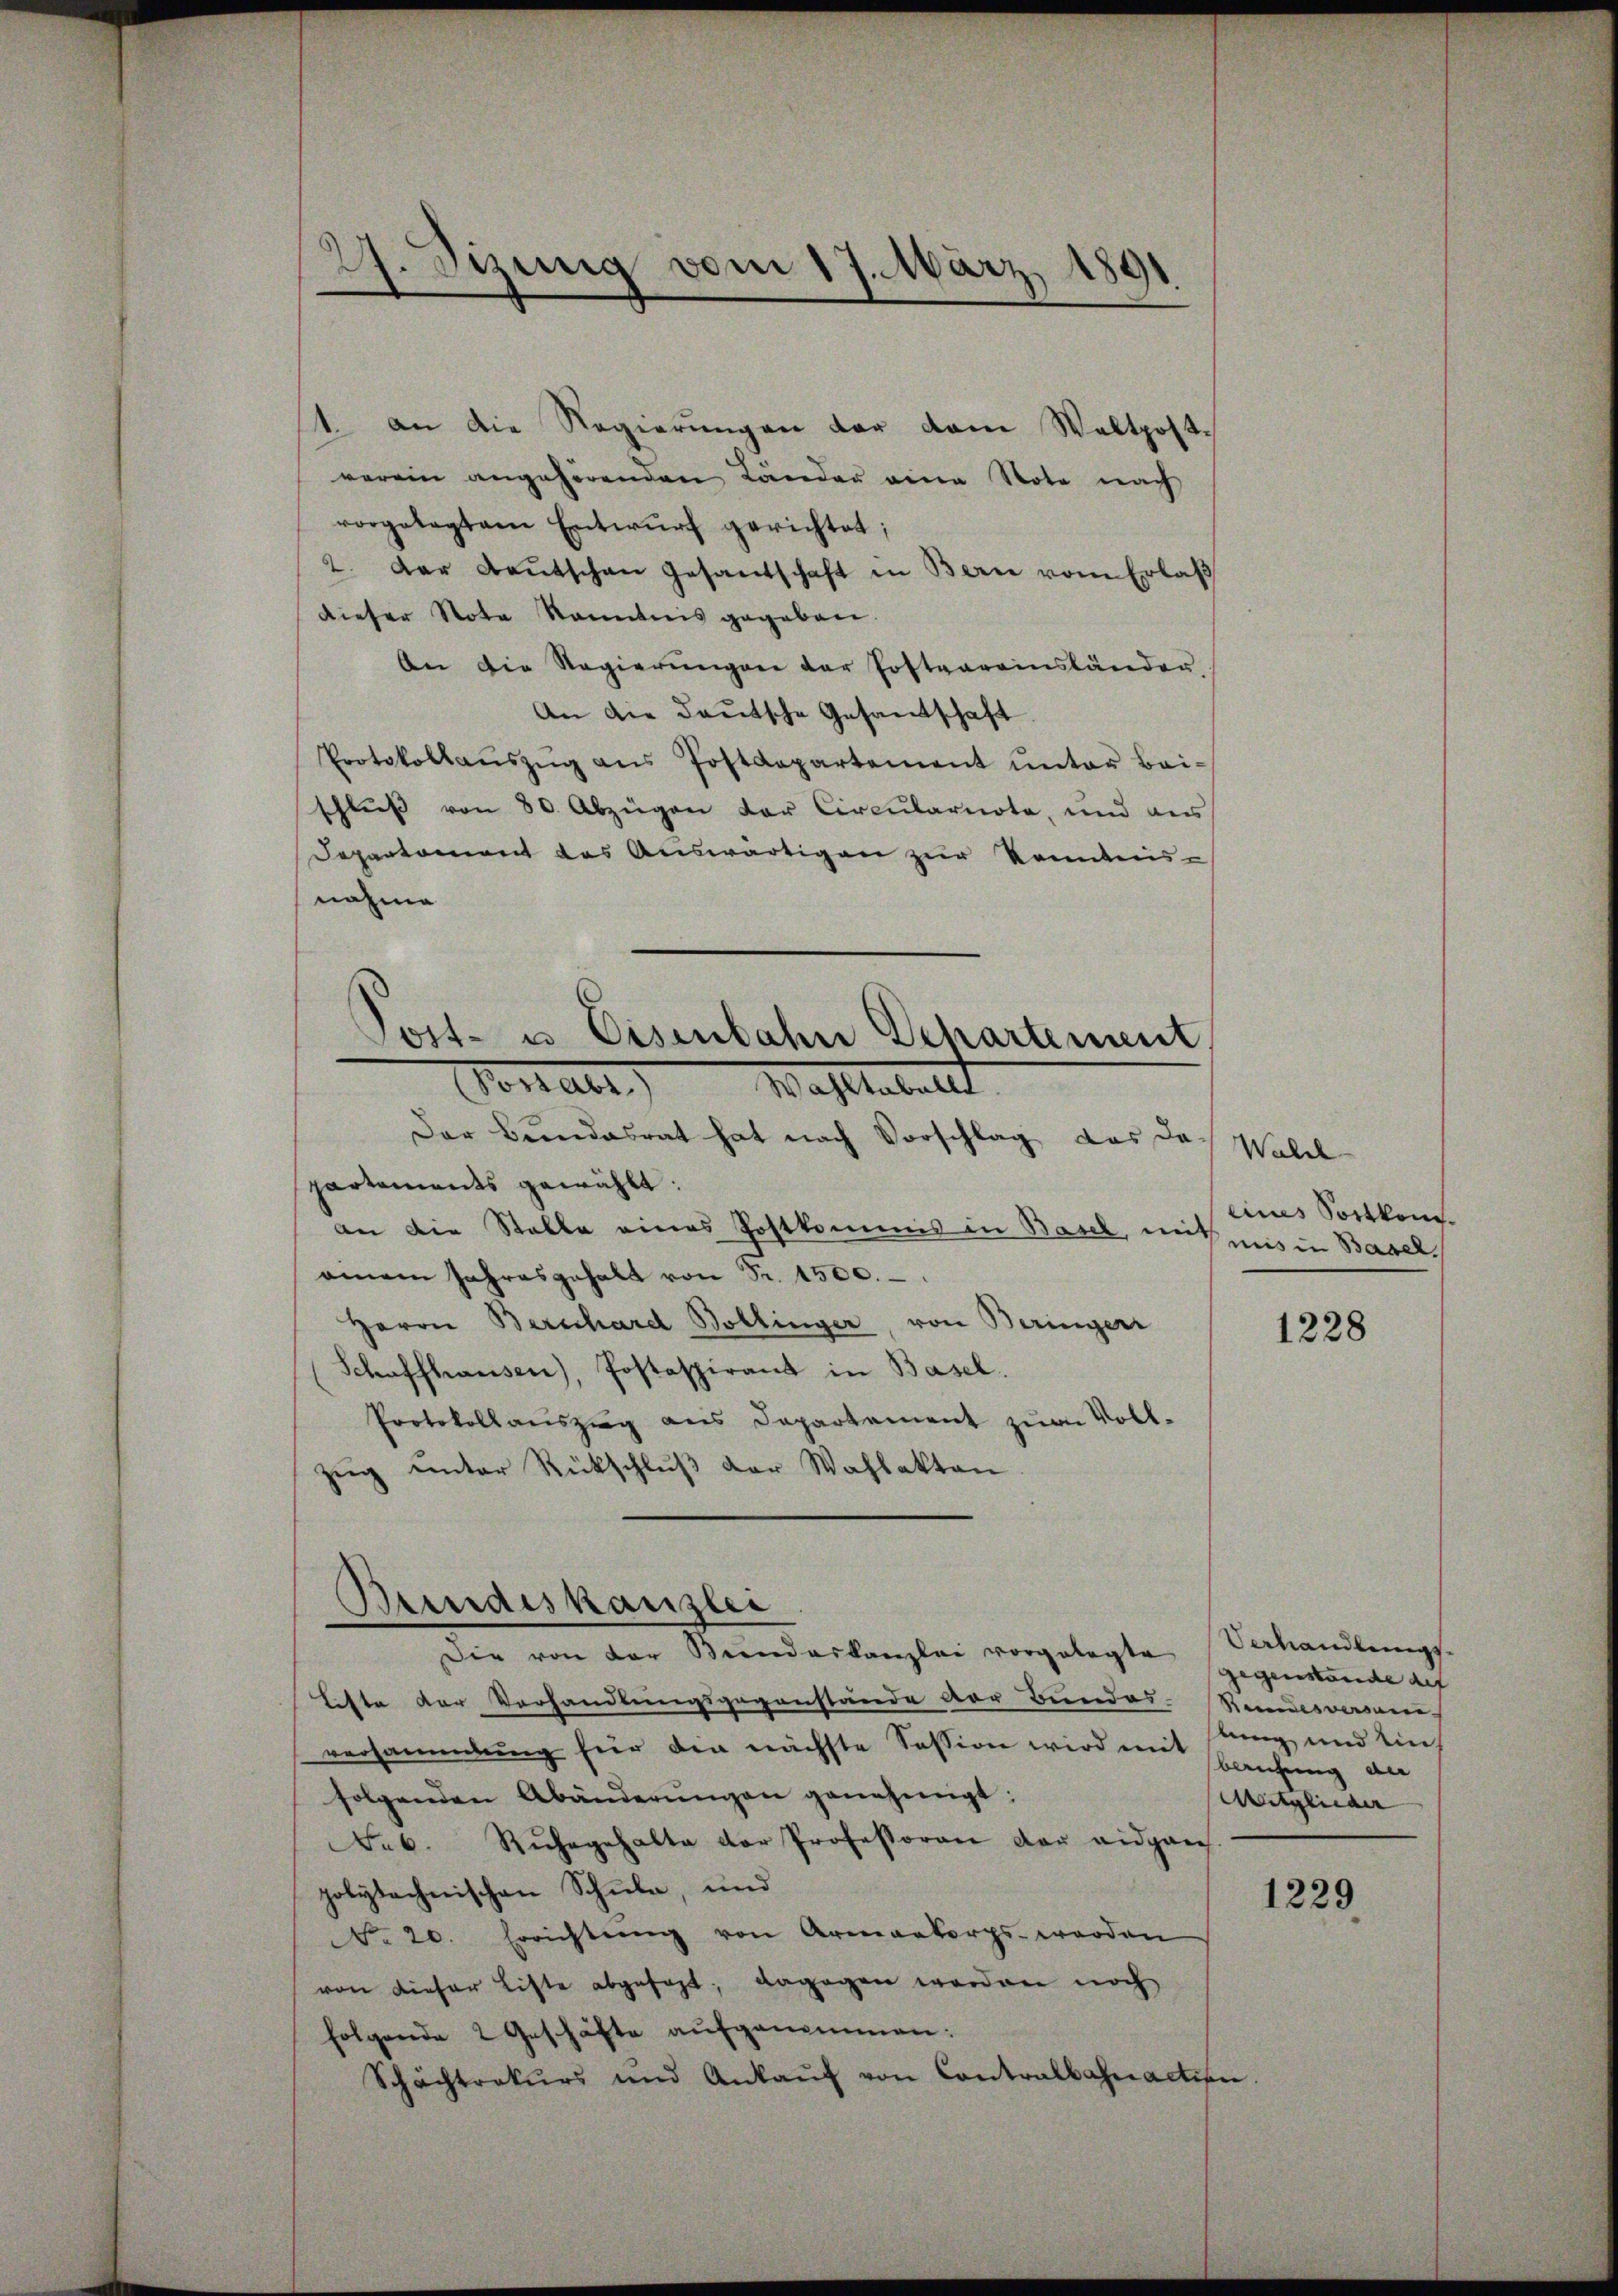
27. Dizung vom 17. März 1891

1 an die Regierungen der dem Waltpostverein angehörenden Länder eine Nota nach
vorgelegtem Entwŭrf gerichtet;
2. Der Baŭtschen Gesandschaft in Bern vom Erlaß
dieser Note kanntnis gegeben
An die Regierŭngen der Postvereinsländer
An die deutsche Gesandtschaft
Protokollaŭszŭg ans Postdepartement ŭnter Bai-
schließ von 80. Abzügen der Circŭlarnote, und aus
Departement des Auswärtigen zur Kenntnis-
nahme

Post- u. Eisenbahn Departement
Vonal. Waltestellt

Der Bundesrat hat nach Vorschlag das da-
partements gewählt:
an die Stelle eines Postkommis in Basel, mitnis in Baseleinem Jahresgehalt von Fr. 1500.
Herrn Berschard Bollinger, von Beringeri
Schaffhausen), Postaspirant in Basel.
Protokollaŭszŭg ans Departement zum Voll-
zŭg ŭnter Rückschlŭβ der Wahlakten

Beendeskanzlei

Walde
eines Sortkom¬

Die von der Bŭndeskanzlei vorgelegte gegenstande auf
lette der Verhandlungsgegenstände der Bundes. Stundesversane-
versammlung für die nächste Session wird mit stung und Einfolgenden Abänderŭngen genehmigt:
Feb. Rŭhegehalte der Professoren der eidgans.
polytechnischen Schule, und
1229
No 20. Errichtŭng von Armenkorps werden
von dieser Liste abgesagt; dagegen worden noch
folgende 2 Geschäfte aŭfgenommen:
Schachtrakŭrs und Ankaŭf von Contralbahnaction.

1228

Verhandlungsbeutung an
Mitglieder |